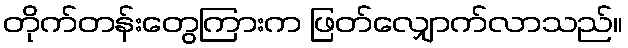
တိုက်တန်းတွေကြားက ဖြတ်လျှောက်လာသည်။